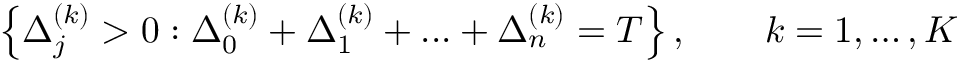
\left\{ \Delta _ { j } ^ { ( k ) } > 0 : \Delta _ { 0 } ^ { ( k ) } + \Delta _ { 1 } ^ { ( k ) } + . . . + \Delta _ { n } ^ { ( k ) } = T \right\} , \qquad k = 1 , \dots , K